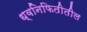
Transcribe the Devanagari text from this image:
ध्वनिफितीतील